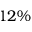
1 2 \%